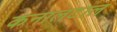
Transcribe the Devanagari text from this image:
कनालटाल